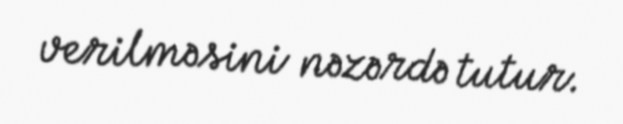
verilməsini nəzərdə tutur.